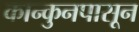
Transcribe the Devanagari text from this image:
कान्कुनपासून